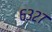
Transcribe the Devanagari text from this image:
६३२७